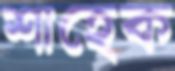
শাহেক